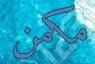
مكمن